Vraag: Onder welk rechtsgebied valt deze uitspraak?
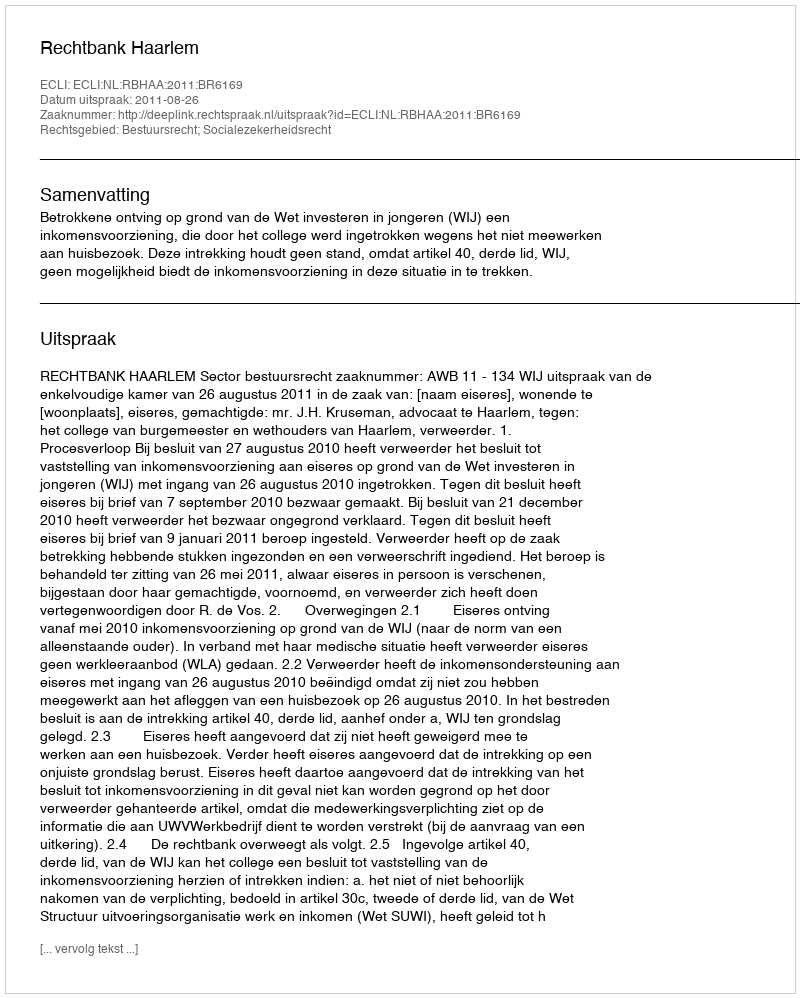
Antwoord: Bestuursrecht; Socialezekerheidsrecht